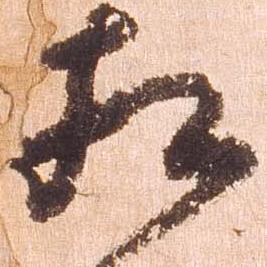
相